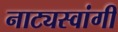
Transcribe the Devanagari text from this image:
नाट्यस्वांगी